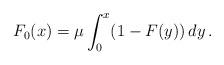
LaTeX: \begin{align*} F_0(x)=\mu\int_0^x(1-F(y))\,dy\,.\end{align*}